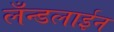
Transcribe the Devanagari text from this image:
लँन्डलाईन